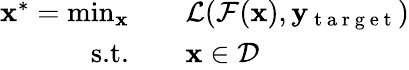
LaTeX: \begin{array}{rl}{\mathbf{x}^{*}=\operatorname*{min}_{\mathbf{x}}\quad}&{{}\mathcal{L}(\mathcal{F}(\mathbf{x}),\mathbf{y}_{\mathrm{~t~a~r~g~e~t~}})}\\ {\textrm{s.t.}\quad}&{{}\mathbf{x}\in\mathcal{D}}\end{array}